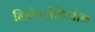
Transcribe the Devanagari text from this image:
निकेलोडिओन